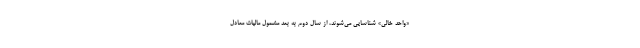
«واحد خالی» شناسایی می‌شوند، از سال دوم به بعد مشمول مالیات معادل